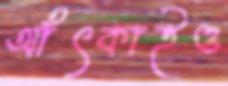
আঁৎকাইও